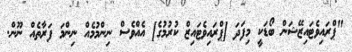
"ޕްރައިވެޓައިޒޭޝަން ބޯޑަކީ މިފަދަ [ޕްރައިވެޓައިޒް ކުރުމުގެ] އެއްވެސް ނިންމުމެއް ނިންމަ ފަރާތެއް ނޫން.